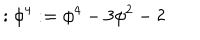
LaTeX: : \phi ^ { 4 } : = \phi ^ { 4 } - 3 \phi ^ { 2 } - 2